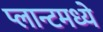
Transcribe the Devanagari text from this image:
प्लान्टमध्ये